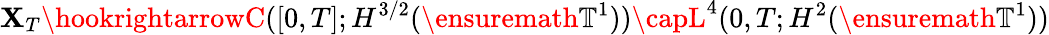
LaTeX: \mathbf{X}_{T}\hookrightarrowC([0,T];H^{3/2}(\ensuremath{{\mathbb{{T}}}}^{1}))\capL^{4}(0,T;H^{2}(\ensuremath{{\mathbb{{T}}}}^{1}))